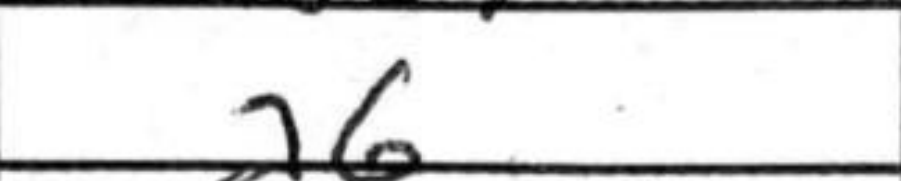
Transcription: a6